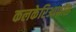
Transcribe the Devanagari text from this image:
कलकेरिआफॉस